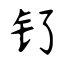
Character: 钌